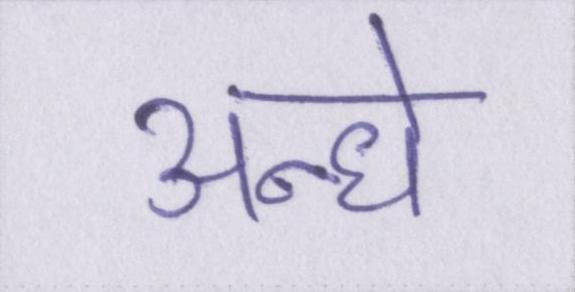
अन्धे